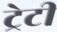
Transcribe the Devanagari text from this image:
ट्रेटी